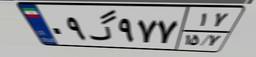
۰۹گ۹۷۷۱۷